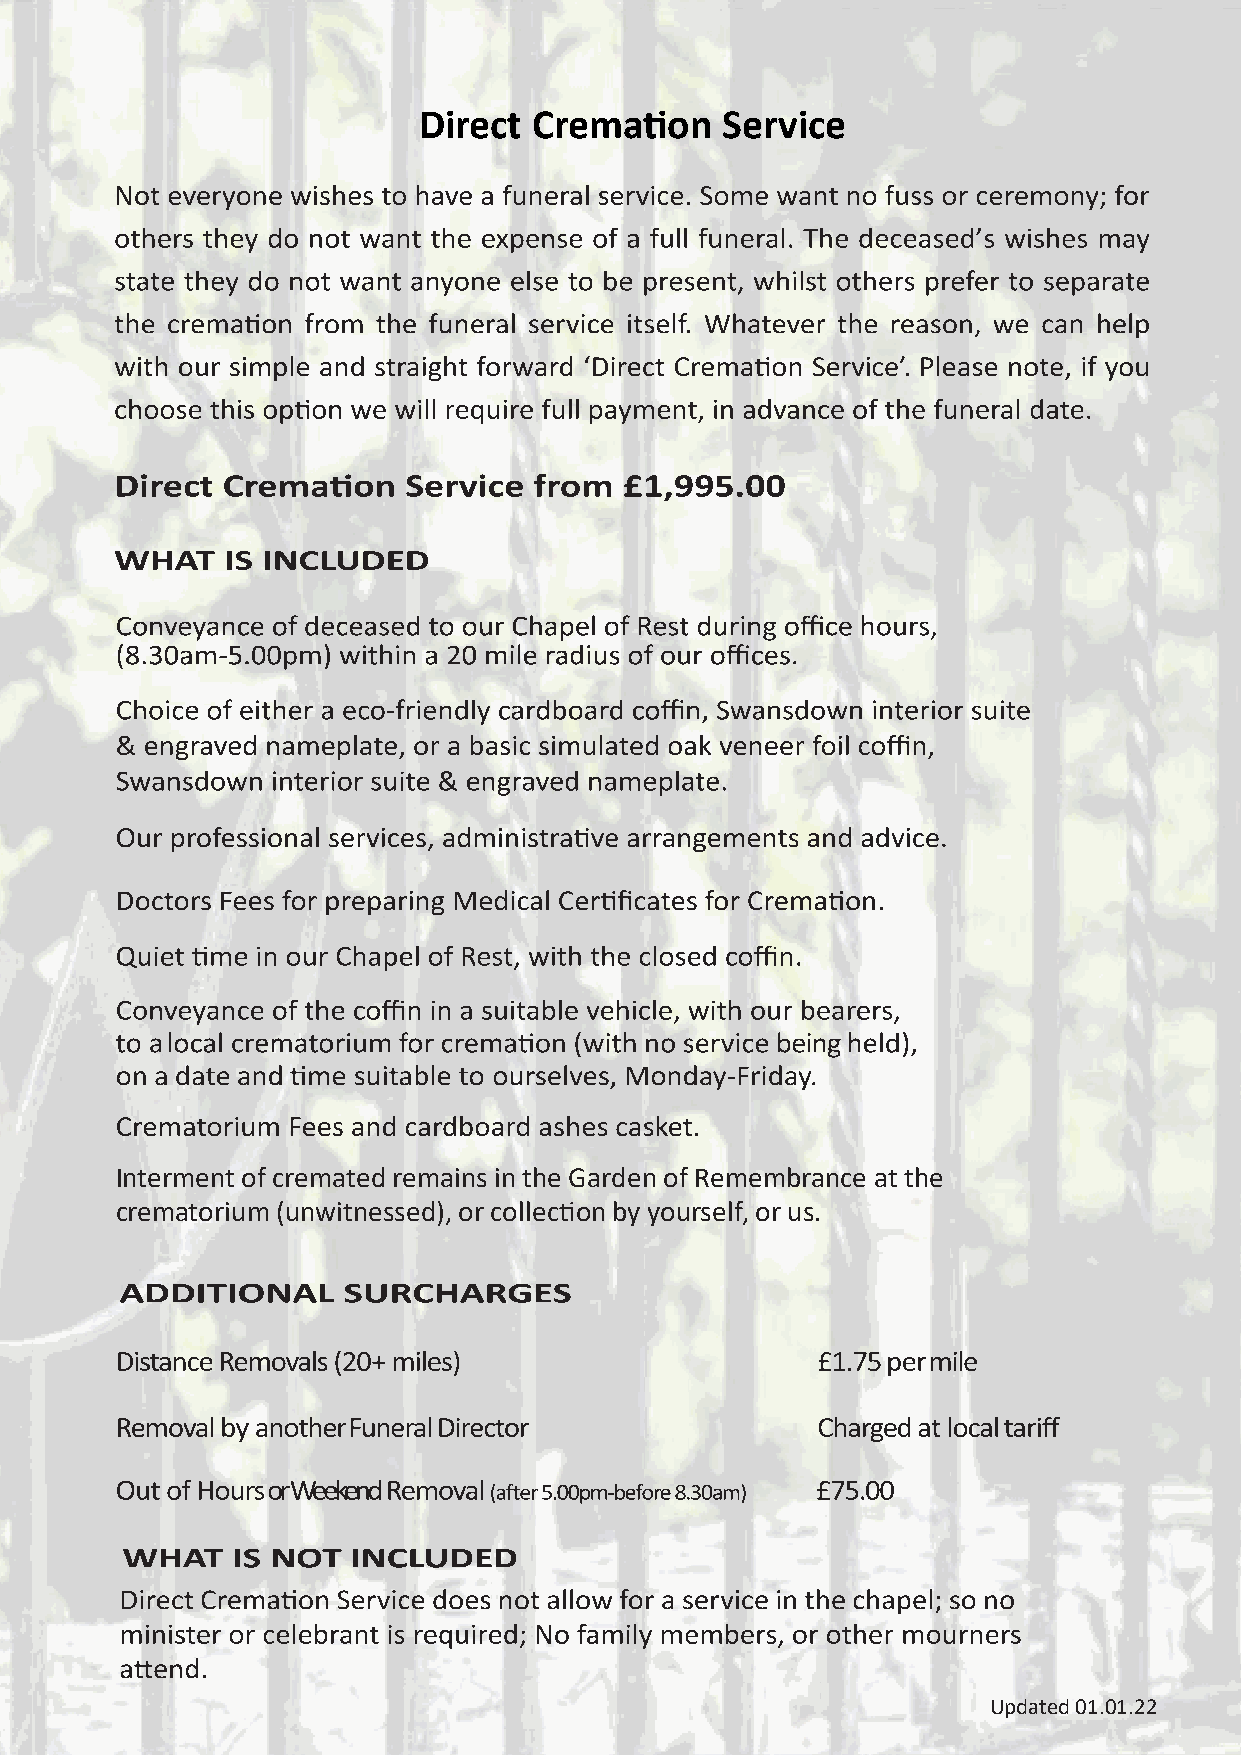
Direct Cremation    Service
 Interment of cremated remains in the Garden of Remembrance at the
 crematorium (unwitnessed), or collection by yourself, or us.
 Updated 01.01.22